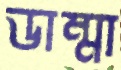
ডাম্মা